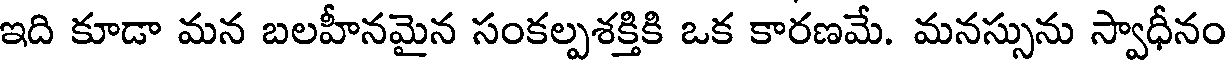
ఇది కూడా మన బలహీనమైన సంకల్పశక్తికి ఒక కారణమే. మనస్సును స్వాధీనం